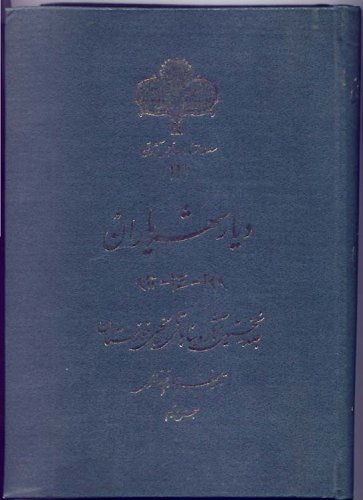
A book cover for Monuments and Historical Places in the Persian Gulf (in Farsi Language) (Volume 2); Ahmad Eqtedari; History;